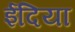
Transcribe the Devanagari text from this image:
ईदिया